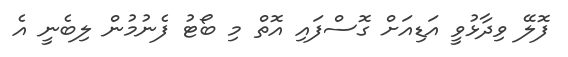
ފޮލޭ ވިދާޅުވީ އަޑިއަށް ގޮސްފައި އޮތް މި ބޯޓު ފެނުމުން ލިބެނީ އެ